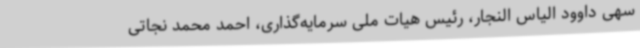
سهی داوود الیاس النجار، رئیس هیات ملی سرمایه‌گذاری، احمد محمد نجاتی